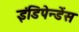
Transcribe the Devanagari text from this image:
इंडिपेन्डेंस